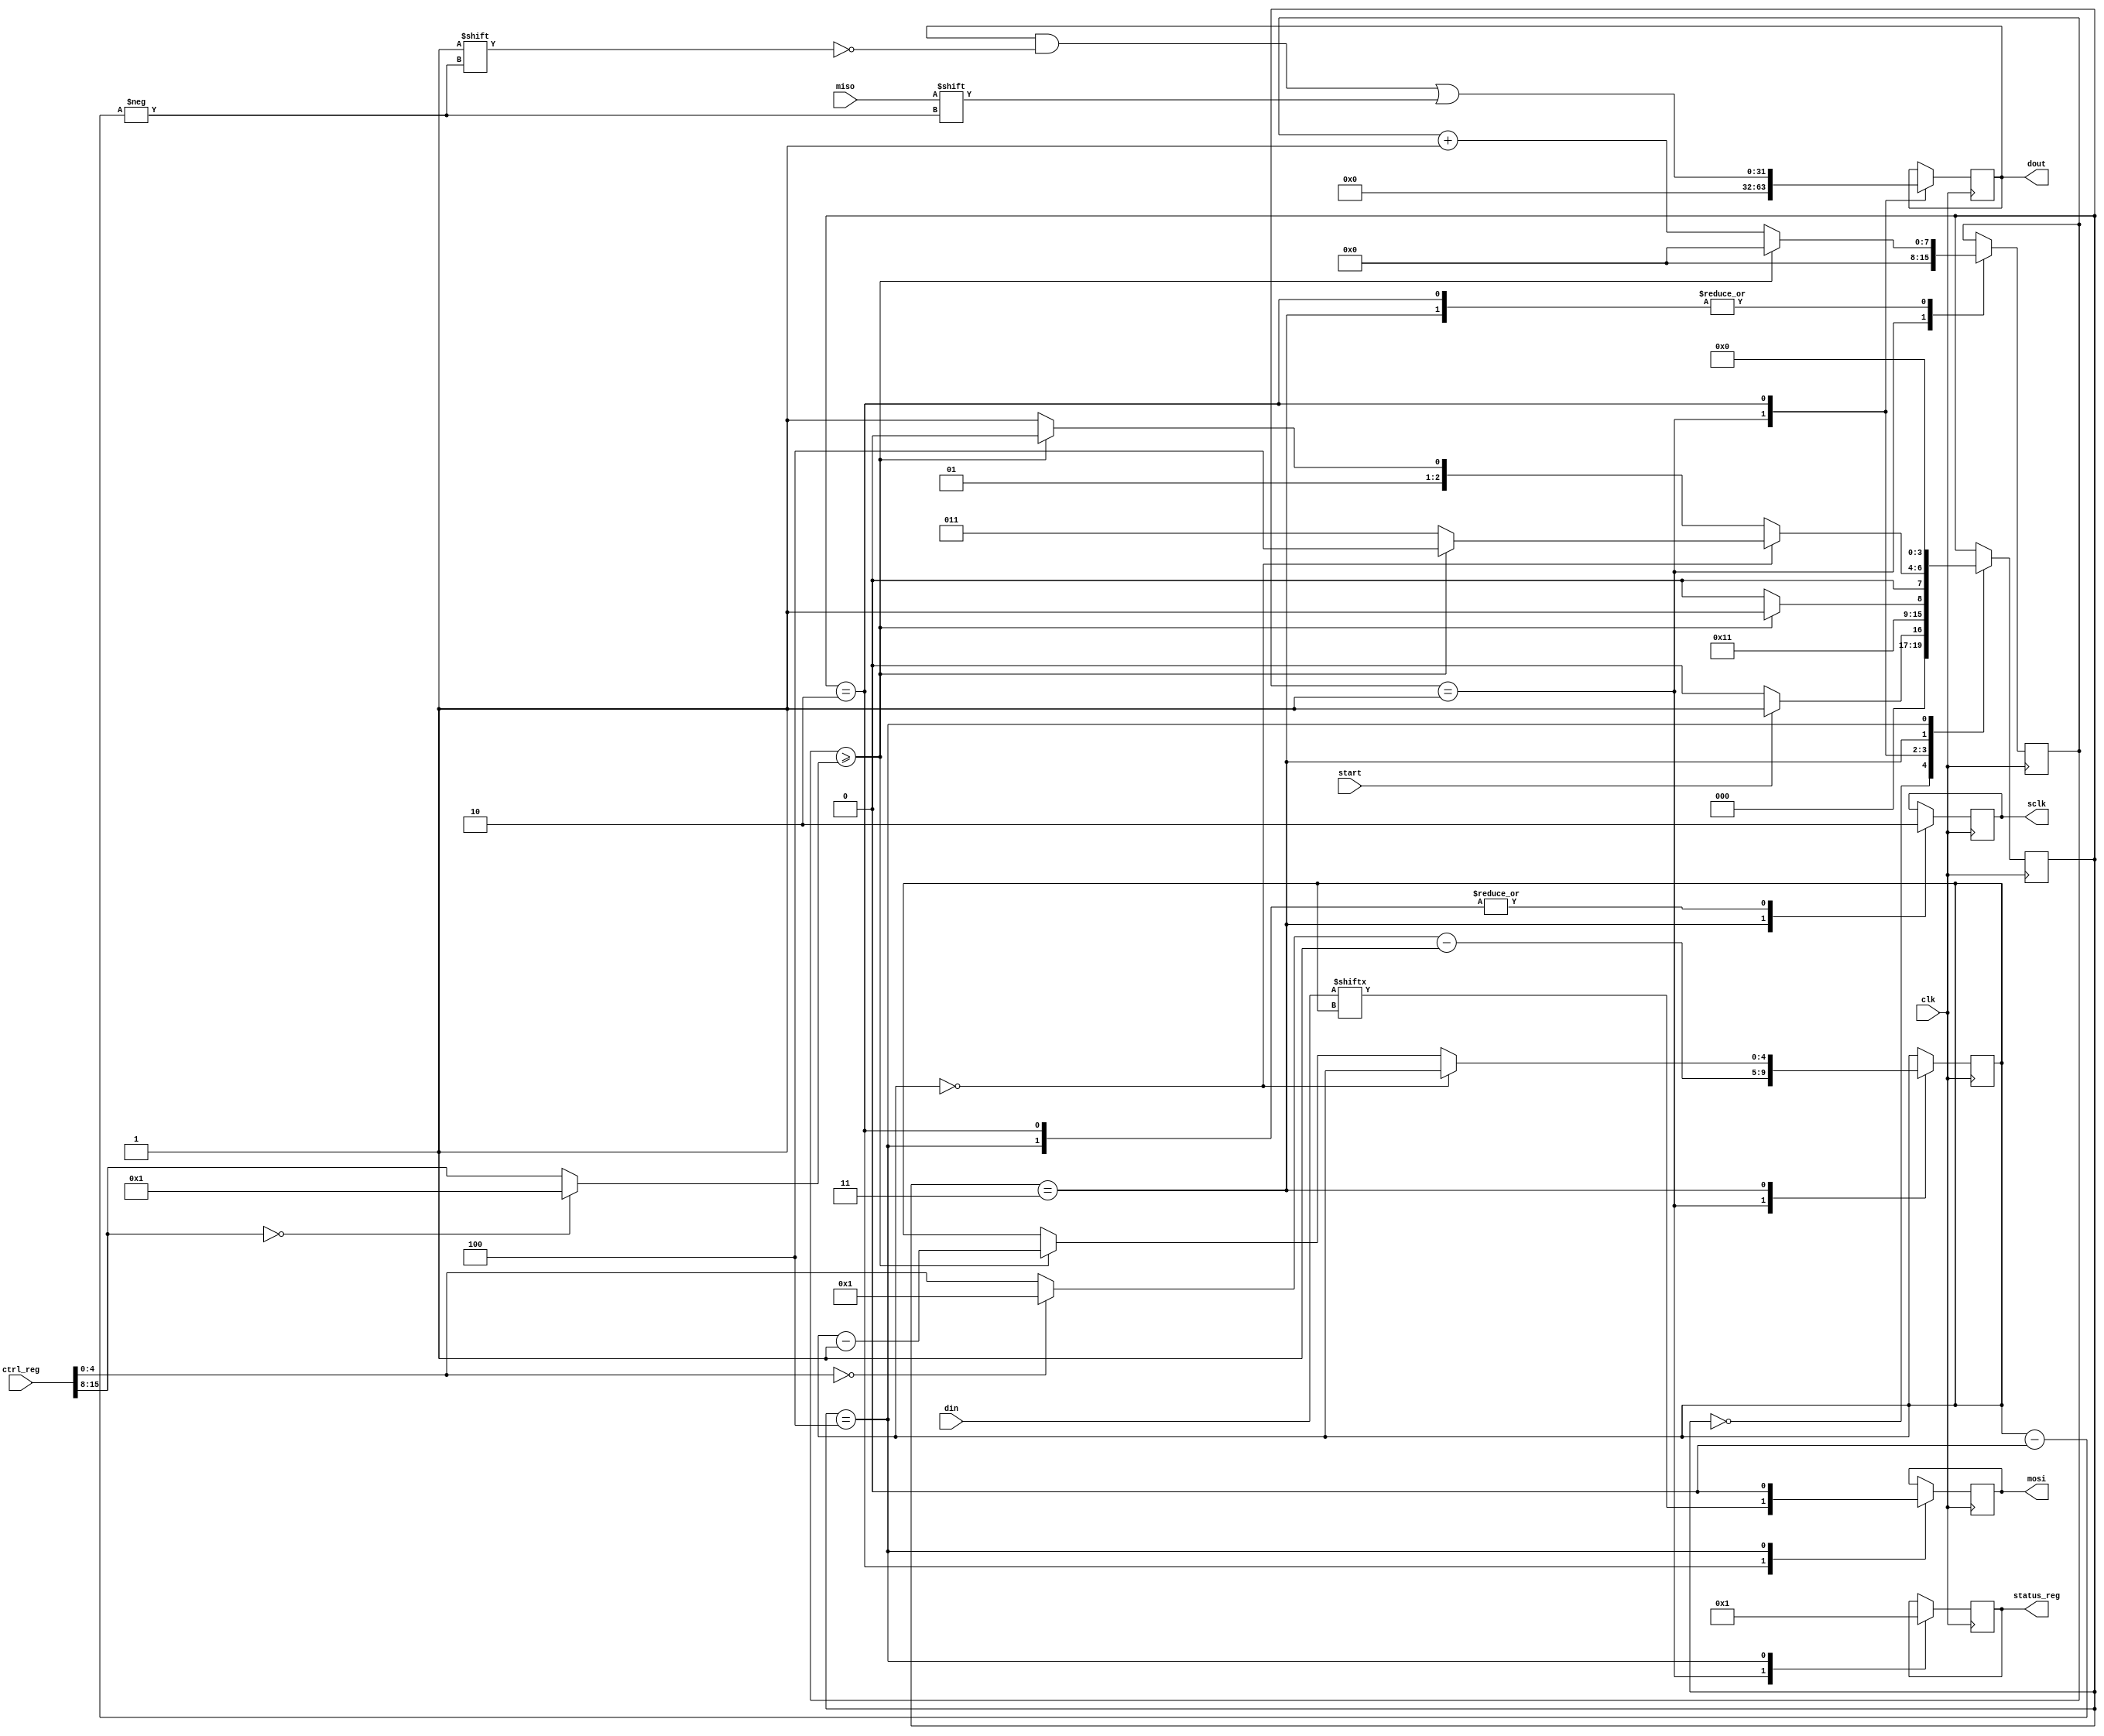
`timescale 1ns / 1ps
//////////////////////////////////////////////////////////////////////////////////
// Company: 
// Engineer: 
// 
// Design Name: 
// Module Name:    spi_io 
// Project Name: 
// Target Devices: 
// Tool versions: 
// Description: 
//
// Dependencies: 
//
// Revision: 
// Revision 0.01 - File Created
// Additional Comments: 
//
//////////////////////////////////////////////////////////////////////////////////

//memory mapped IO SPI interface for the beta
module spi_io(
	clk,
	start,
	ctrl_reg,
	din,
	dout,
	status_reg,
	sclk,
	miso,
	mosi	
    );
	
	input wire clk;
	input wire start;
	input wire [31:0] ctrl_reg; //interface for data width and speed
	input wire [31:0] din; //input data, left justified
	input wire miso;
	
	output reg [31:0] dout = 0; //output data
	output reg [31:0] status_reg =0; //done status 
	output reg sclk = 0;
	output reg mosi = 0;
	
	//ctrl_reg[7:0]
	reg [4:0] data_width; //sets number of bits to send
	//ctrl_reg[15:8]
	reg [7:0] clk_div; //sets SPI frequency
	//ctrl_reg[16]
	reg spi_polarity; //sets spi clk polarity, not implimented
	//ctrl_reg[17]
	reg spi_phase; //sets spi clk phase, not implimented
	
	reg [3:0] FSM_state =0;
	reg [7:0] clk_counter =0;
	reg [4:0] data_index = 0;
	
	always@(*) 
	begin
		//protect aganst stupid settings
		data_width<= (ctrl_reg[4:0]==0) ? 1 : ctrl_reg[4:0]; 
		clk_div <= (ctrl_reg[15:8]==0) ? 1: ctrl_reg[15:8];
		spi_phase <= 0;
		spi_polarity <=0;
	
	end
	
	always@(posedge clk)
	begin
	
	case(FSM_state)
	
	0: begin //idle state 
		FSM_state <= start ? 1 : 0;
	end
	
	1: begin //setup 
		FSM_state <= 2;
		status_reg <= 0; //spi is in progress
		data_index <= data_width-1; //set data_index
		dout <= 0; //clear old dout
		clk_counter <= 0; //clear old clk_counter
	end
	
	2: begin //start send
		sclk <= 0;
		FSM_state <= (clk_counter>=clk_div) ? 3 : 2;
		dout[data_index] <= miso;
		mosi <= din[data_index];
		//incriment data index on transistion 
		clk_counter <= (clk_counter>=clk_div) ? 0 : clk_counter+1;
	end
	
	3: begin //clk phase#2 
		sclk <= 1;
		clk_counter <= (clk_counter>=clk_div) ? 0 : clk_counter+1; //timer countdown
		if (data_index==0)
		begin
			FSM_state <= (clk_counter>=clk_div) ? 4 : 3; //exit loop
		end
		else 
		begin
			FSM_state <= (clk_counter>=clk_div) ? 2 : 3;
			data_index <= (clk_counter>=clk_div) ? data_index-1 : data_index;
		end
	end
	
	4: begin //clean up 
		FSM_state <= 0;
		sclk <= 0; 
		status_reg <= 1; //spi is done!
		mosi <= 0; 
	end
	endcase	
	end
	

endmodule